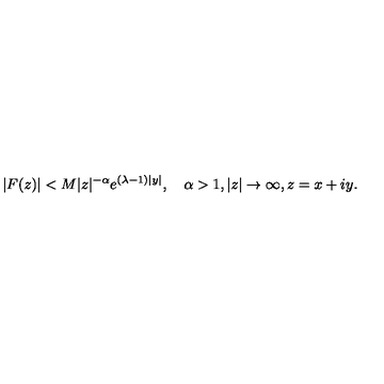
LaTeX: \vert F ( z ) \vert < M \vert z \vert ^ { - \alpha } e ^ { ( \lambda - 1 ) \vert y \vert } , \quad \alpha > 1 , \vert z \vert \to \infty , z = x + i y .